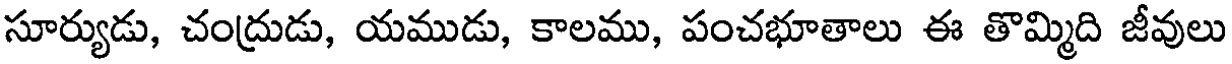
సూర్యుడు, చంద్రుడు, యముడు, కాలము, పంచభూతాలు ఈ తొమ్మిది జీవులు